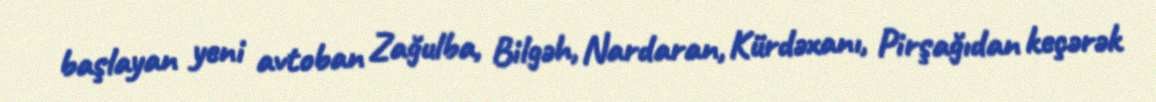
başlayan yeni avtoban Zağulba, Bilgəh, Nardaran, Kürdəxanı, Pirşağıdan keçərək